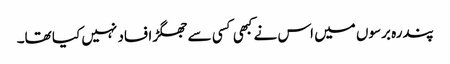
پندرہ برسوں میں اس نے کبھی کسی سے جھگڑا فساد نہیں کیا تھا۔